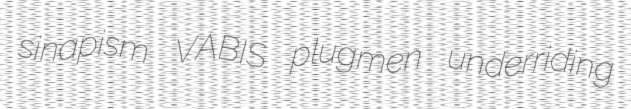
sinapism VABIS plugmen underriding